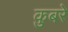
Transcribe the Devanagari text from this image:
कुबरे